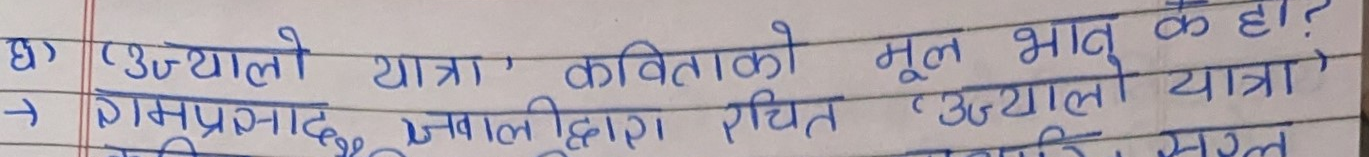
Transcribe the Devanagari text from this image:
घ) 'उज्यालो यात्रा' कविताको मूल भाव के हो?
→ रामप्रसाद डङवालद्वारा रचित 'उज्यालो यात्रा'